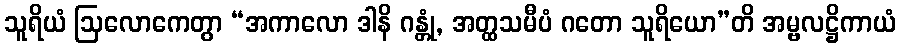
သူရိယံ ဩလောကေတွာ “အကာလော ဒါနိ ဂန္တုံ, အတ္ထသမီပံ ဂတော သူရိယော”တိ အမ္ဗလဋ္ဌိကာယံ